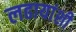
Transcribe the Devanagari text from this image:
लढायांशी